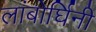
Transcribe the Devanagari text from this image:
लांबोर्घिनी